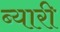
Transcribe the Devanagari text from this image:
ब्यारी